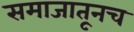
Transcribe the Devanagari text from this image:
समाजातूनच